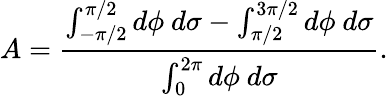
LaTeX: A=\frac{\int_{-\pi/2}^{\pi/2}d\phi~d\sigma-\int_{\pi/2}^{3\pi/2}d\phi~d\sigma}{\int_{0}^{2\pi}d\phi~d\sigma}.